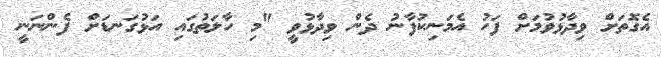
އެގޮތަށް ވިދާޅުވުމަށް ފަހު އެމަނިކުފާނު ދެން ވިދާޅުވީ "މި ހާލަތުގައި އަޅުގަނޑަށް ފެންނަނީ